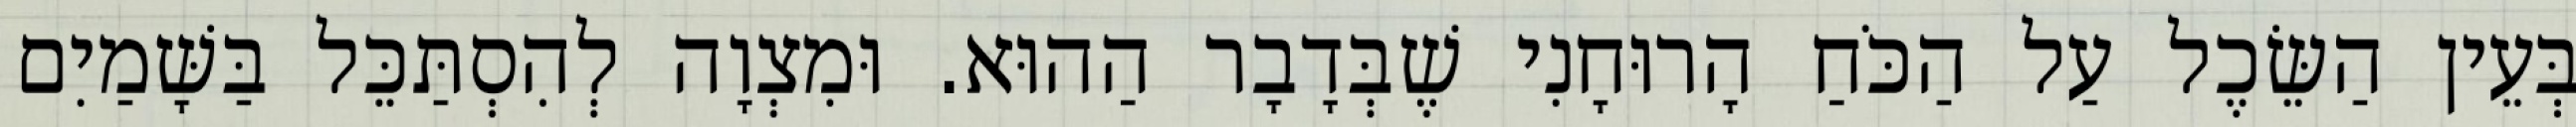
בְּעֵין הַשֵּׂכֶל עַל הַכֹּחַ הָרוּחָנִי שֶׁבְּדָבָר הַהוּא. וּמִצְוָה לְהִסְתַּכֵּל בַּשָּׁמַיִם